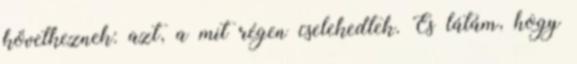
következnek: azt, a mit régen cselekedtek. És látám, hogy